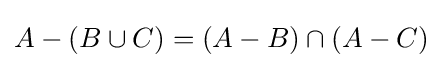
A-(B\cup C)=(A-B)\cap (A-C)